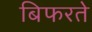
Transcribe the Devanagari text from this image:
बिफरते